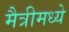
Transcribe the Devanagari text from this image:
मैत्रीमध्ये